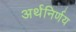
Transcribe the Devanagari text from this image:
अर्थनिर्णय